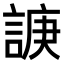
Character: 𧩉